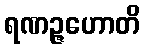
ရဏဉ္ဇဟောတိ